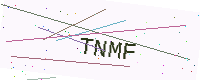
Text: TNMF